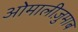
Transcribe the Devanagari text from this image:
ओमालीज़ुमाब